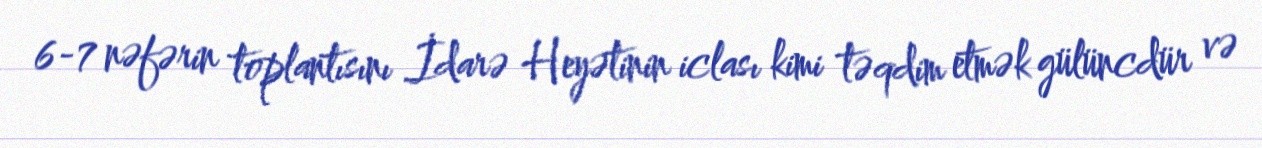
6-7 nəfərin toplantısını İdarə Heyətinin iclası kimi təqdim etmək gülüncdür və